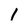
Character: 1